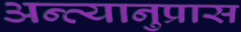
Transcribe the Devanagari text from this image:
अन्त्यानुप्रास